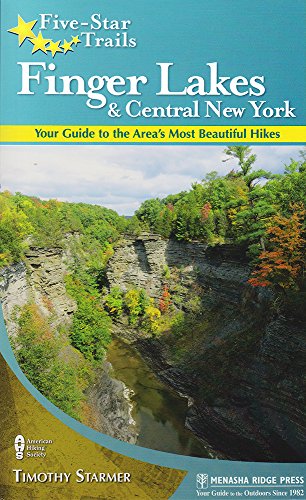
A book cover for Five-Star Trails: Finger Lakes and Central New York: Your Guide to the Area's Most Beautiful Hikes; Timothy Starmer; Health, Fitness & Dieting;